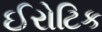
ઈરોટિક